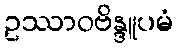
ဥဿာဝဗိန္ဒူပမံ